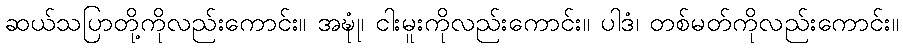
ဆယ်သပြာတို့ကိုလည်းကောင်း။ အဍ္ဎုံ၊ ငါးမူးကိုလည်းကောင်း။ ပါဒံ၊ တစ်မတ်ကိုလည်းကောင်း။